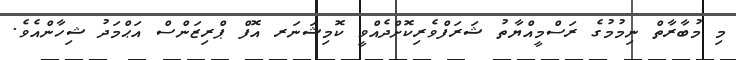
މި މުބާރާތް ނިމުމުގެ ރަސްމީއްޔާތު ޝަރަފްވެރިކޮށްދެއްވީ ކޮމިޝަނަރ އޮފް ޕްރިޒަންސް އަޙްމަދު ޝިހާންއެވެ.